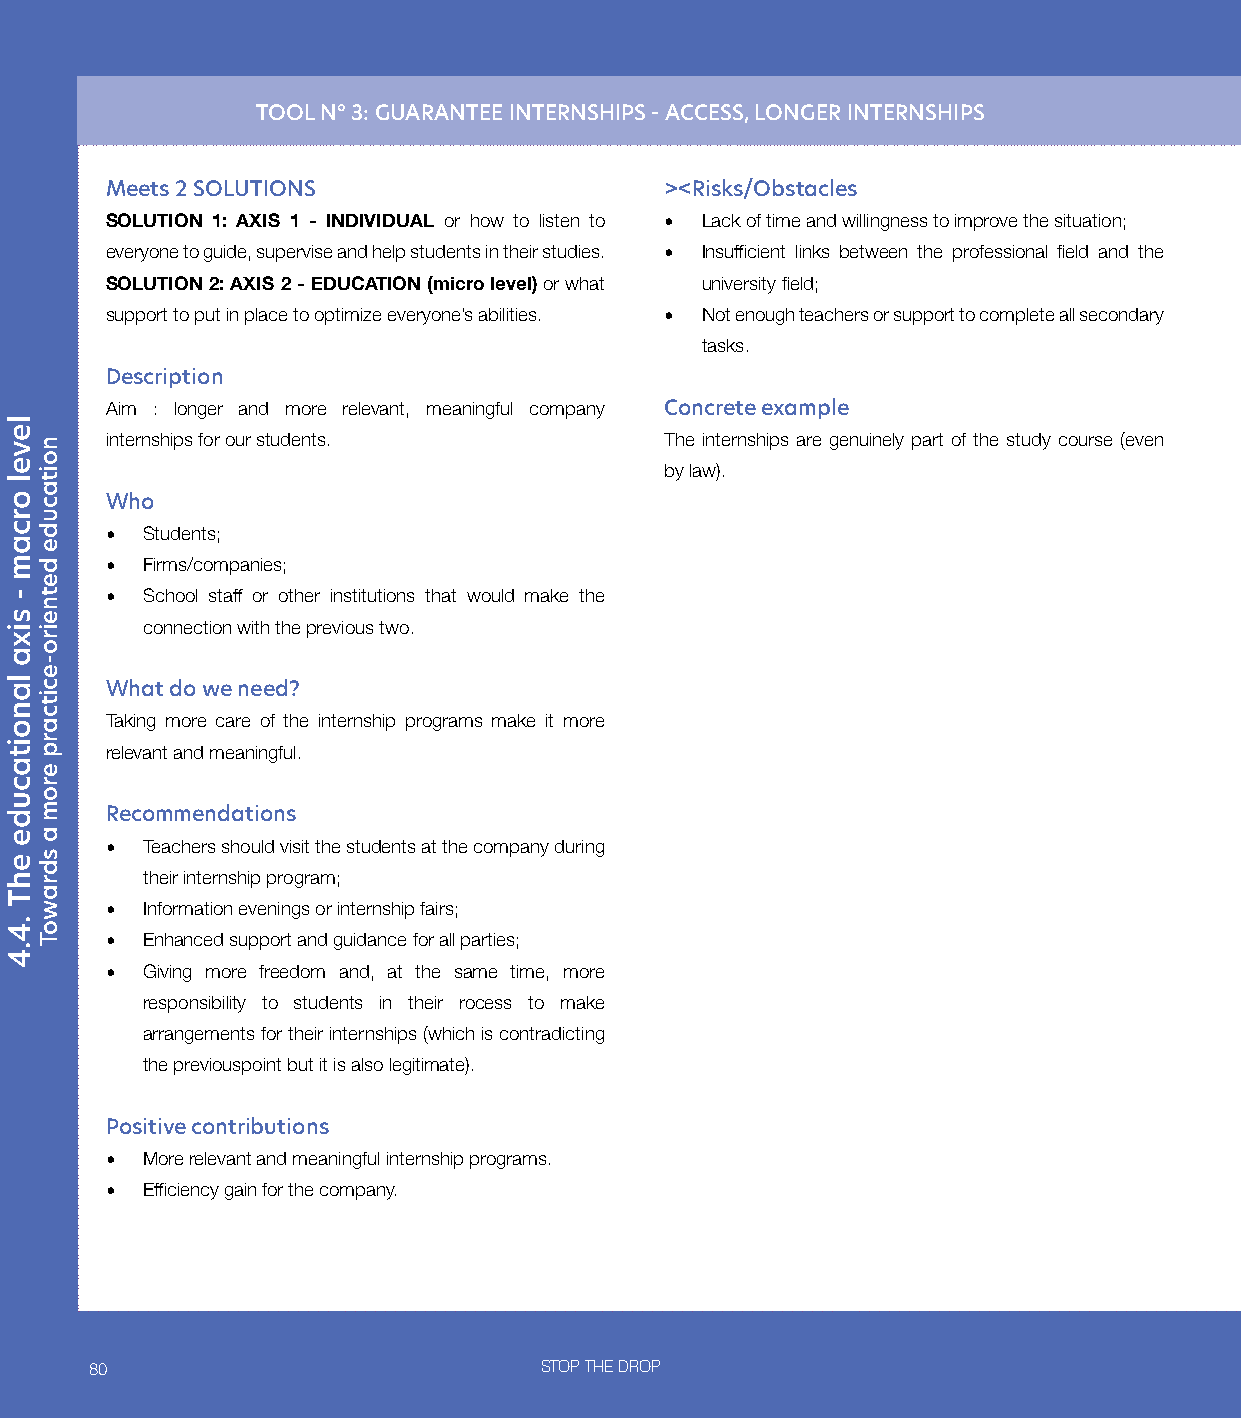
TOOL N° 3: GUARANTEE INTERNSHIPS - ACCESS, LONGER INTERNSHIPS
 Meets 2 SOLUTIONS                    ><Risks/Obstacles
 SOLUTION 1: AXIS 1 - INDIVIDUAL or how to listen to • Lack of time and willingness to improve the situation;
 everyone to guide, supervise and help students in their studies. • Insufficient links between the professional field and the
 SOLUTION 2: AXIS 2 - EDUCATION (micro level) or what university field;
 support to put in place to optimize everyone’s abilities. • Not enough teachers or support to complete all secondary
 tasks.
 Description
 Aim : longer and more relevant, meaningful company Concrete example
 internships for our students.        The internships are genuinely part of the study course (even
 by law).
 Who
 • Students;
 • Firms/companies;
 • School staff or other institutions that would make the
 connection with the previous two.
 What do we need?
 Taking more care of the internship programs make it more
 relevant and meaningful.
 Recommendations
 • Teachers should visit the students at the company during
 their internship program;
 • Information evenings or internship fairs;
 • Enhanced support and guidance for all parties;
 • Giving more freedom and, at the same time, more
 responsibility to students in their rocess to make
 arrangements for their internships (which is contradicting
 the previouspoint but it is also legitimate).
 Positive contributions
 • More relevant and meaningful internship programs.
 • Efficiency gain for the company.
 80                            STOP THE DROP
 level
 orcam
 -
 sixa
 lanoitacude
 ehT
 .4.4
 noitacude
 detneiro-ecitcarp
 erom
 a
 sdrawoT